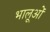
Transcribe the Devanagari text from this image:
भालूओंं